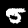
Digit: 5